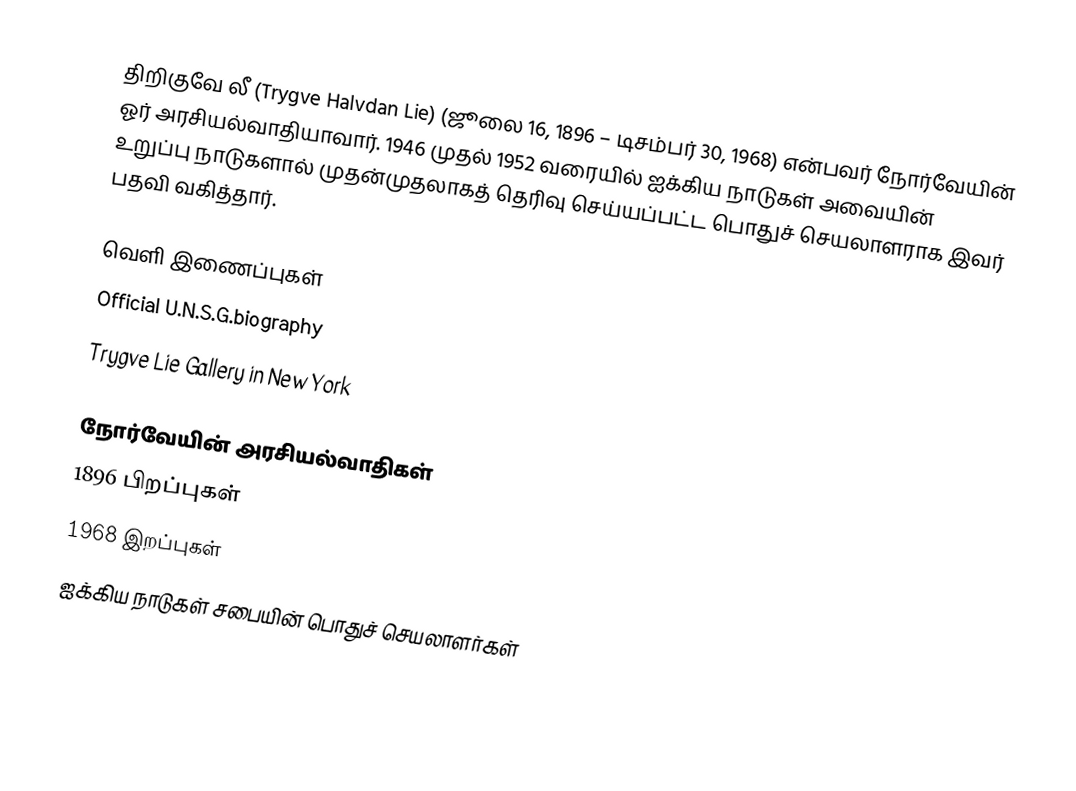
திறிகுவே லீ (Trygve Halvdan Lie) (ஜூலை 16, 1896 – டிசம்பர் 30, 1968) என்பவர் நோர்வேயின் ஓர் அரசியல்வாதியாவார். 1946 முதல் 1952 வரையில் ஐக்கிய நாடுகள் அவையின் உறுப்பு நாடுகளால் முதன்முதலாகத் தெரிவு செய்யப்பட்ட பொதுச் செயலாளராக இவர் பதவி வகித்தார்.

வெளி இணைப்புகள்
 Official U.N.S.G.biography
 Trygve Lie Gallery  in New York

நோர்வேயின் அரசியல்வாதிகள்
1896 பிறப்புகள்
1968 இறப்புகள்
ஐக்கிய நாடுகள் சபையின் பொதுச் செயலாளர்கள்